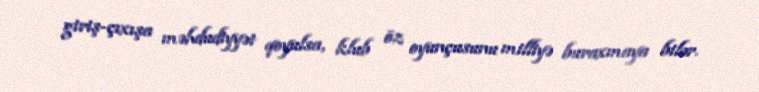
giriş-çıxışa məhdudiyyət qoyulsa, klub öz oyunçusunu milliyə buraxmaya bilər.